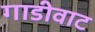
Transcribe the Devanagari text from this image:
गाडीवाट